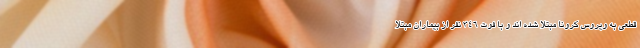
قطعی به ویروس کرونا مبتلا شده اند و با فوت ۳۴۶ نفر از بیماران مبتلا